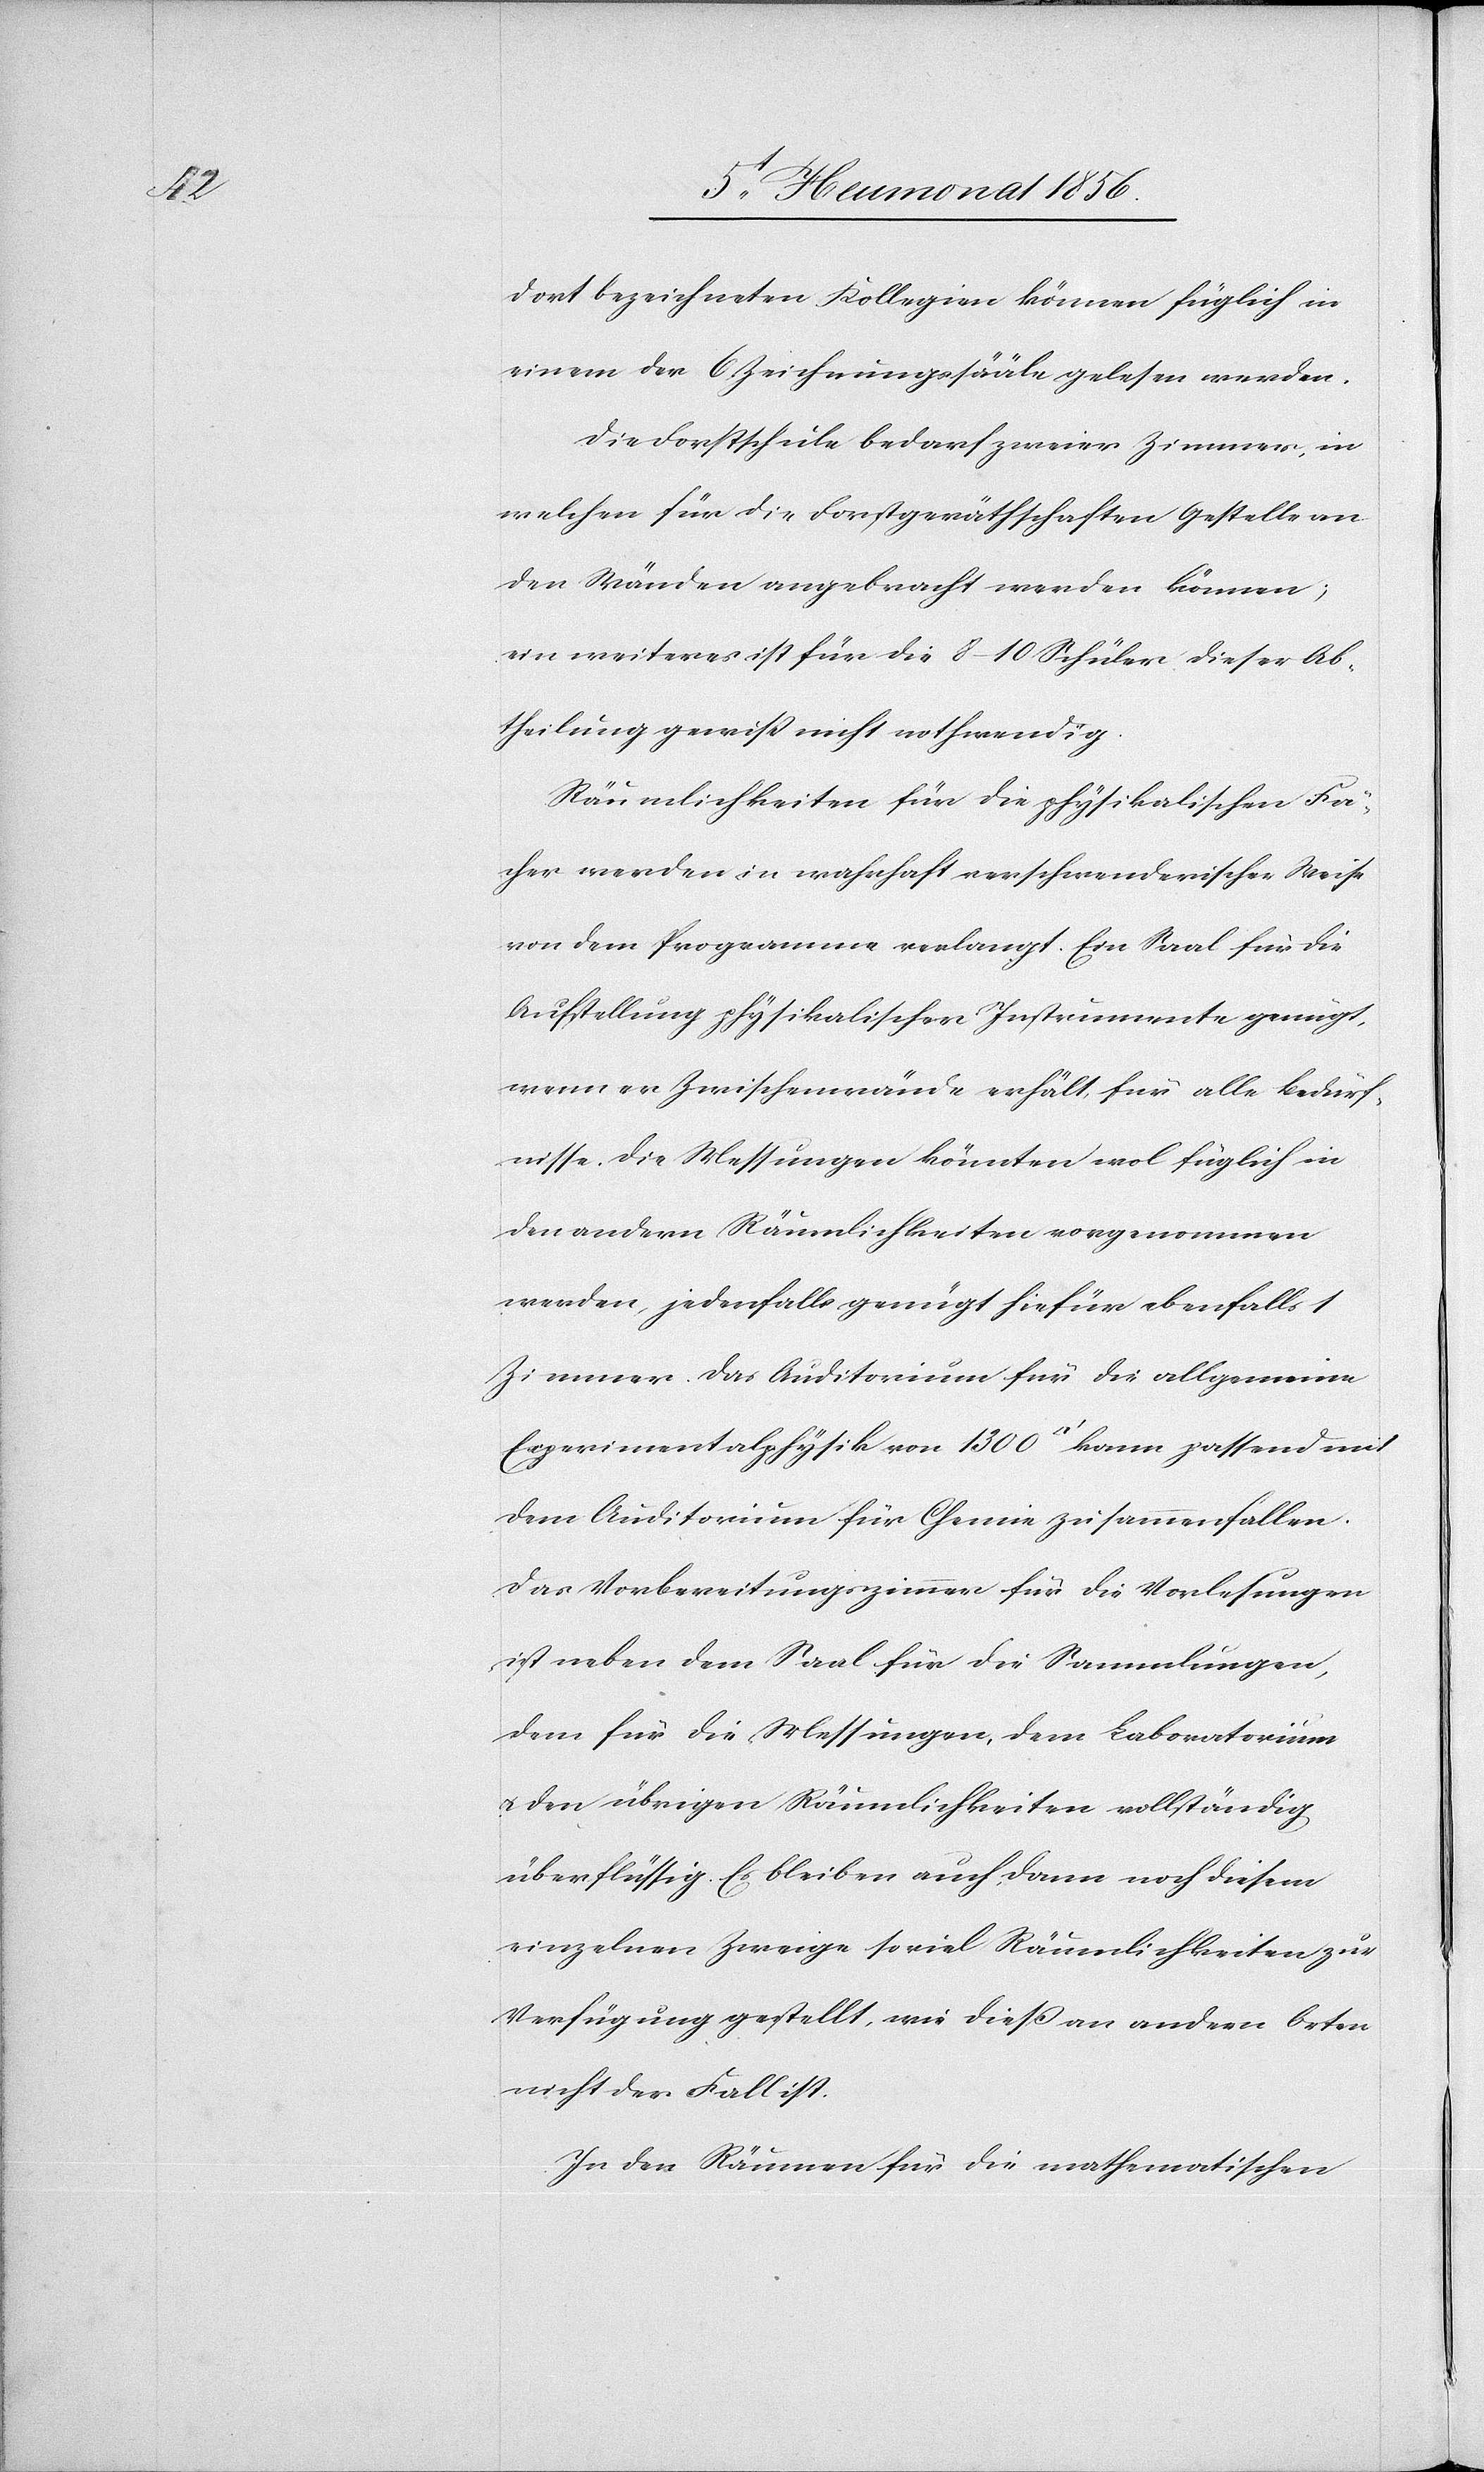
dort bezeichneten Kollegien können füglich in
einem der 6 Zeichnungssääle gelesen werden.
Die Forstschule bedarf zweier Zimmer, in
welchen für die Forstgeräthschaften Gestelle an
den Wänden angebracht werden können;
ein weiteres ist für die 8–10 Schüler dieser Ab¬
theilung gewiss nicht nothwendig.
Räumlichkeiten für die physikalischen Fä¬
cher werden in wahnhaft verschwenderischer Weise
von dem Programme verlangt. Ein Saal für die
Aufstellung physikalischer Instrumente genügt,
wenn er Zwischenwände erhält, für alle Bedürf¬
nisse. Die Messungen könnten wol füglich in
den andern Räumlichkeiten vorgenommen
werden, jedenfalls genügt hiefür ebenfalls 1
Zimmer. Das Auditorium für die allgemeine
Experimentalphysik von 1300 [Quadratfuss] kann passend mit
dem Auditorium für Chemie zusammenfallen.
Das Vorbereitungszimmer für die Vorlesungen
ist neben dem Saal für die Sammlungen,
dem für die Messungen, dem Laboratorium
den übrigen Räumlichkeiten vollständig
überflüssig. Es bleiben auch dann noch diesem
einzelnen Zweige soviel Räumlichkeiten zur
Verfügung gestellt, wie dieß an andern Orten
nicht der Fall ist.
In den Räumen für die mathematischen